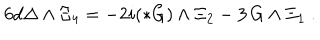
6 d \Delta \wedge \Xi _ { 4 } = - 2 i ( * G ) \wedge \Xi _ { 2 } - 3 \, G \wedge \Xi _ { 1 } \ .